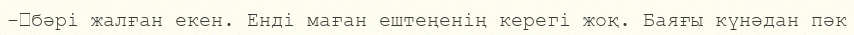
-	бәрі жалған екен. Енді маған ештеңенің керегі жоқ. Баяғы күнәдан пәк